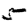
Digit: 5